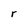
Character: r